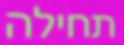
תחילה